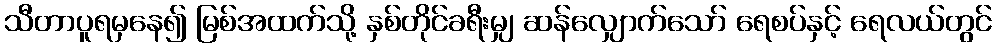
သီတာပူရမှနေ၍ မြစ်အထက်သို့ နှစ်တိုင်ခရီးမျှ ဆန်လျှောက်သော် ရေစပ်နှင့် ရေလယ်တွင်